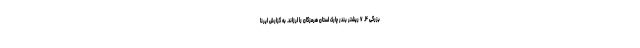
بزرگی ۴. ۷ ریشتر بندر چارک استان هرمزگان را لرزاند. به گزارش ایرنا